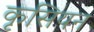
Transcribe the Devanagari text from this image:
कृसियन